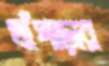
খাঁপাড়ার